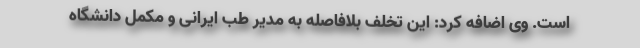
است. وی اضافه کرد: این تخلف بلافاصله به مدیر طب ایرانی و مکمل دانشگاه